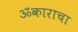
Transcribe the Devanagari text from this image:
ॐकाराचा